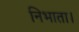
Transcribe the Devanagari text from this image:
निभाता।